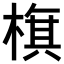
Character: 𣗍